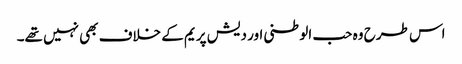
اس طرح وہ حب الوطنی اور دیش پریم کے خلاف بھی نہیں تھے۔